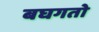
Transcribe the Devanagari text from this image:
बघगतो